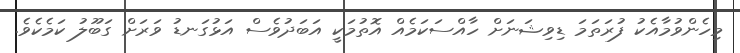
މިހެންވުމާއެކު ފުރަތަމަ ޑިވިޝަނަށް ހާއްސަކަމެއް އޮތުމަކީ އަބަދުވެސް އަޅުގަނޑު ވަރަށް ގަބޫލު ކަމެކެވެ.